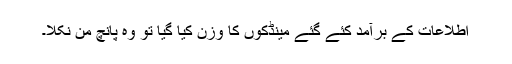
اطلاعات کے برآمد کئے گئے مینڈکوں کا وزن کیا گیا تو وہ پانچ من نکلا۔